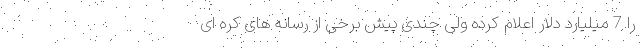
را 7 میلیارد دلار اعلام کرده ولی چندی پیش برخی از رسانه های کره ای